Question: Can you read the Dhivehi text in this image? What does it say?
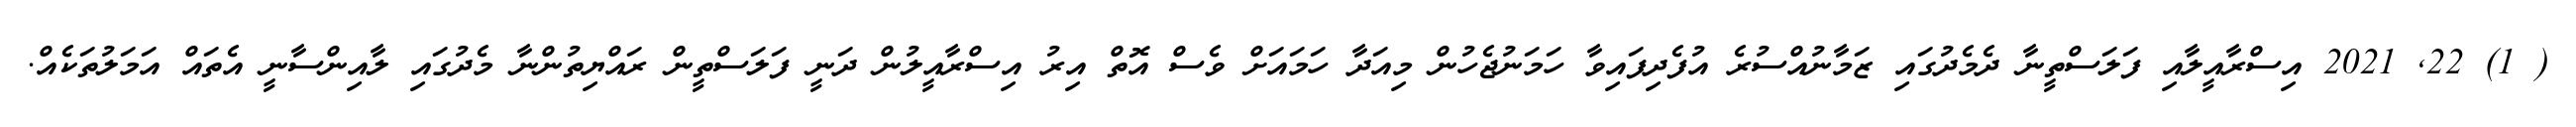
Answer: ( 1) 22, 2021 އިސްރާއީލާއި ފަލަސްތީނާ ދެމެދުގައި ޒަމާނުއްސުރެ އުފެދިފައިވާ ހަމަނުޖެހުން މިއަދާ ހަމައަށް ވެސް އޮތް އިރު އިސްރާއީލުން ދަނީ ފަލަސްތީން ރައްޔިތުންނާ މެދުގައި ލާއިންސާނީ އެތައް އަމަލުތަކެއް.